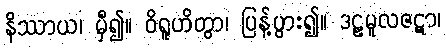
နိဿာယ၊ မှီ၍။ ဝိရူဟိတွာ၊ ပြန့်ပွား၍။ ဒဠှမူလဇဋာ၊